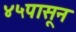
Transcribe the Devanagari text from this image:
४५पासून